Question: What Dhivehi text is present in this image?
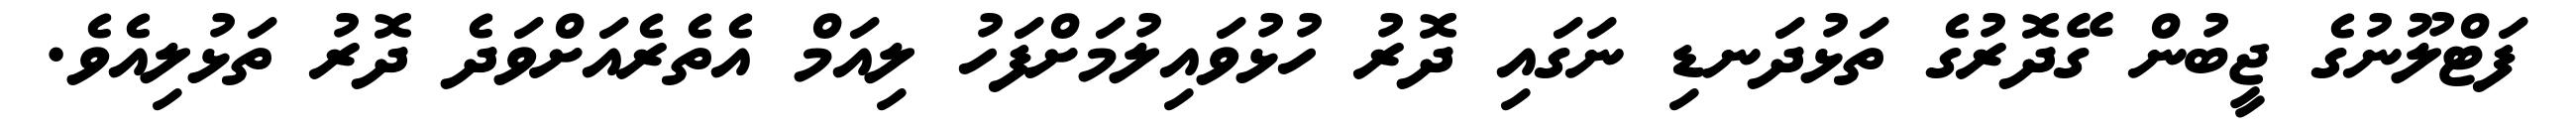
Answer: ފަޓްލޫނުގެ ޖީބުން ގޭދޮރުގެ ތަޅުދަނޑި ނަގައި ދޮރު ހުޅުވައިލުމަށްފަހު ލިއަމް އެތެރެއަށްވަދެ ދޮރު ތަޅުލިއެވެ.